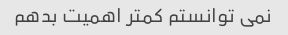
نمی توانستم کمتر اهمیت بدهم